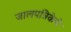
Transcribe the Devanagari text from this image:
जालपत्रिकेचे